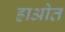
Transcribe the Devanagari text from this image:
ह्राओत